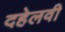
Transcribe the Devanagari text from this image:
दहेलवी